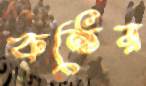
কন্ঠের